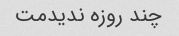
چند روزه ندیدمت